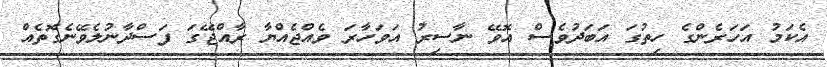
އެކަމު އަހަރެންގެ ހިތުގަ އަބަދުވެސް އޮވޭ ނާސިރު އަވަހާރަ ވެއްޖެއްޔާ ރާއްޖޭގަ ފަސްދާނުލެވޭނެގޮތެއް